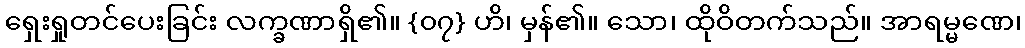
ရှေးရှုတင်ပေးခြင်း လက္ခဏာရှိ၏။ {၀၇} ဟိ၊ မှန်၏။ သော၊ ထိုဝိတက်သည်။ အာရမ္မဏေ၊